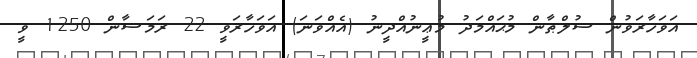
އަވަހާރަވުން ސުލްޠާން މުޙައްމަދު މުޢީނުއްދީނު (އެއްވަނަ) އަވަހާރަވީ 22 ރަމަޟާން 1250 ވީ